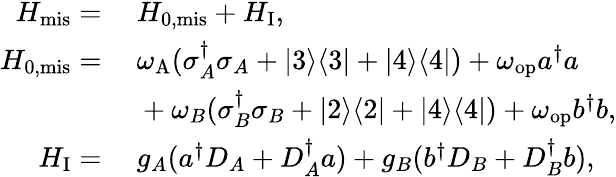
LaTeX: \begin{array}{rl}{H_{\mathrm{mis}}=}&{~H_{\mathrm{0,mis}}+H_{\mathrm{I}},}\\ {H_{\mathrm{0,mis}}=}&{~\omega_{\mathrm{A}}(\sigma_{A}^{\dagger}\sigma_{A}+|3\rangle\langle 3|+|4\rangle\langle 4|)+\omega_{\mathrm{op}}a^{\dagger}a}\\ &{~+\omega_{B}(\sigma_{B}^{\dagger}\sigma_{B}+|2\rangle\langle 2|+|4\rangle\langle 4|)+\omega_{\mathrm{op}}b^{\dagger}b,}\\ {H_{\mathrm{I}}=}&{~g_{A}(a^{\dagger}D_{A}+D_{A}^{\dagger}a)+g_{B}(b^{\dagger}D_{B}+D_{B}^{\dagger}b),}\end{array}